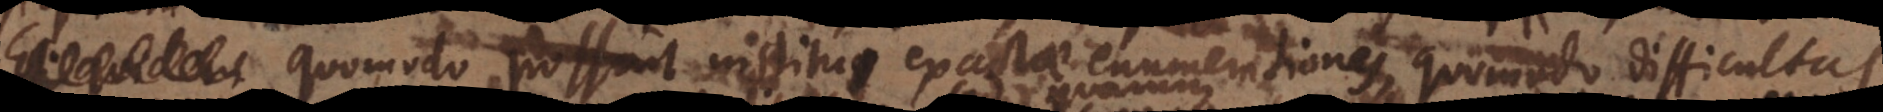
. Quomodo possint institui exactae enumerationes, quomodo difficultas